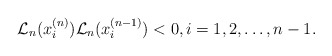
\begin{align*}\mathcal{L}_n(x_{i}^{(n)})\mathcal{L}_n(x_{i}^{(n-1)})<0, i=1,2,\ldots,n-1.\end{align*}